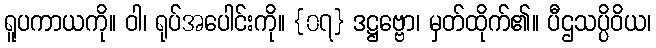
ရူပကာယကို။ ဝါ၊ ရုပ်အပေါင်းကို။ {၀၇} ဒဋ္ဌဗ္ဗော၊ မှတ်ထိုက်၏။ ပီဌသပ္ပိဝိယ၊